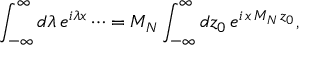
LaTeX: \int _ { - \infty } ^ { \infty } d \lambda \, e ^ { i \lambda x } \cdots = M _ { N } \int _ { - \infty } ^ { \infty } d z _ { 0 } \, e ^ { i \, x \, M _ { N } \, z _ { 0 } } ,